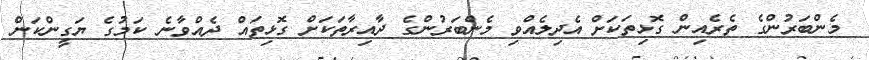
މެންބަރުންގެ ތެރެއިން ގޮޅިތަކަށް އެދިލެއްވި މެންބަރުންގެ ދާއިރާތަކަށް ގޮޅިތައް ދެއްވާނެ ކަމުގެ ޔަގީންކަން